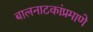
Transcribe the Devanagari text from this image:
बालनाटकांप्रमाणे